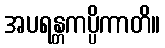
အပရန္တကပ္ပိကာတိ။